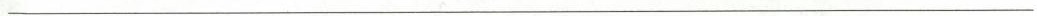
___